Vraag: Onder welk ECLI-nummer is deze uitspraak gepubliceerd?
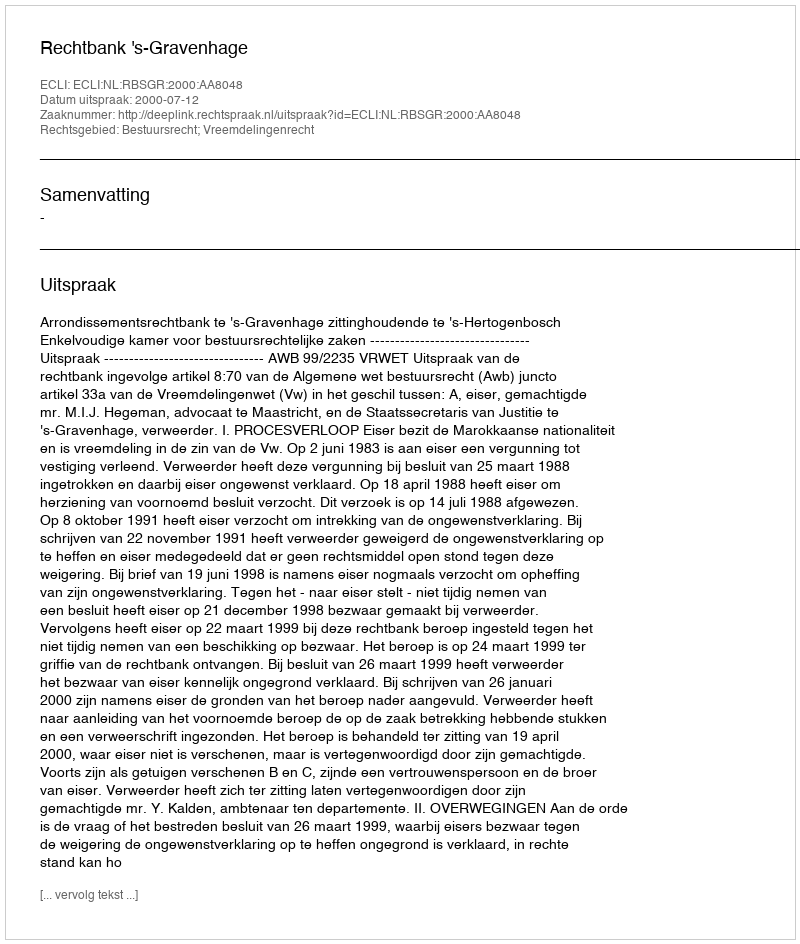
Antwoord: ECLI:NL:RBSGR:2000:AA8048